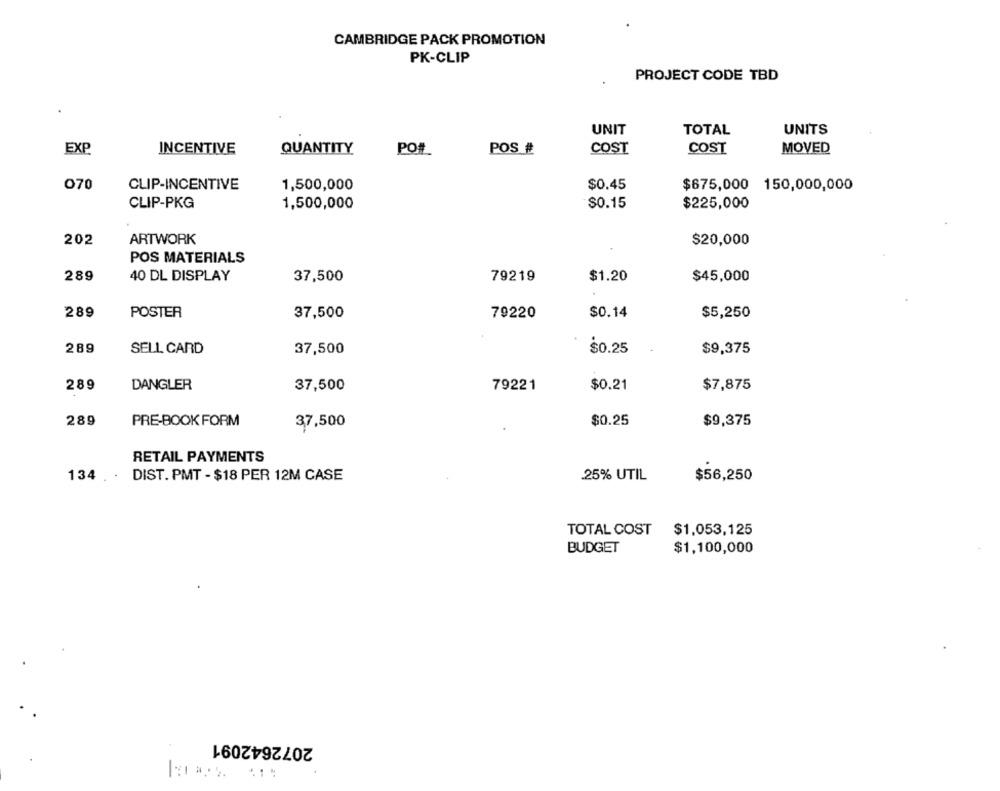
CAMBRIDGE PACK PROMOTION
PK-CLIP
PROJECT CODE TBD
UNIT
TOTAL
UNITS
EXP
INCENTIVE
QUANTITY
PO#
POS #
COST
COST
MOVED
070
CLIP-INCENTIVE
1,500,000
$0.45
$675,000 150,000,000
CLIP-PKG
1,500,000
$0.15
$225,000
202
ARTWORK
$20,000
POS MATERIALS
289
40 DL DISPLAY
37,500
79219
$1.20
$45,000
289
POSTER
37,500
79220
$0.14
$5,250
289
$0.25
SELL CARD
37,500
$9,375
289
DANGLER
37,500
79221
$0.21
$7,875
289
PRE-BOOK FORM
37,500
$0.25
$9,375
RETAIL PAYMENTS
134
.25% UTIL
DIST. PMT - $18 PER 12M CASE
$56,250
TOTAL COST
$1,053,125
BUDGET
$1,100,000
2072642091